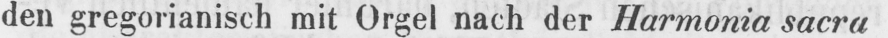
den gregorianisch mit Orgel nach der Harmonia sacra